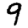
Digit: 9